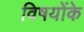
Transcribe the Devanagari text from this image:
विषयोंके